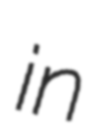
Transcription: in